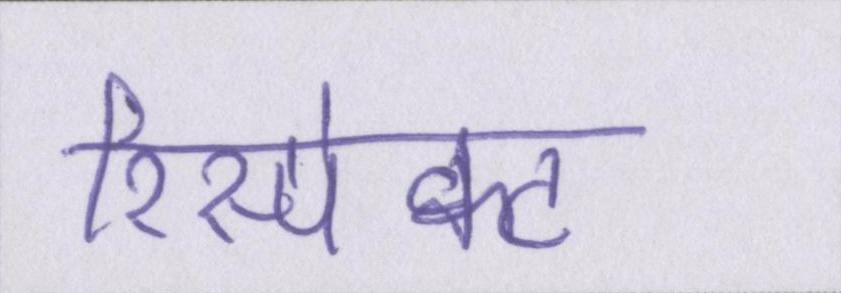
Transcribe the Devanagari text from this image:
रिस्पेक्ट